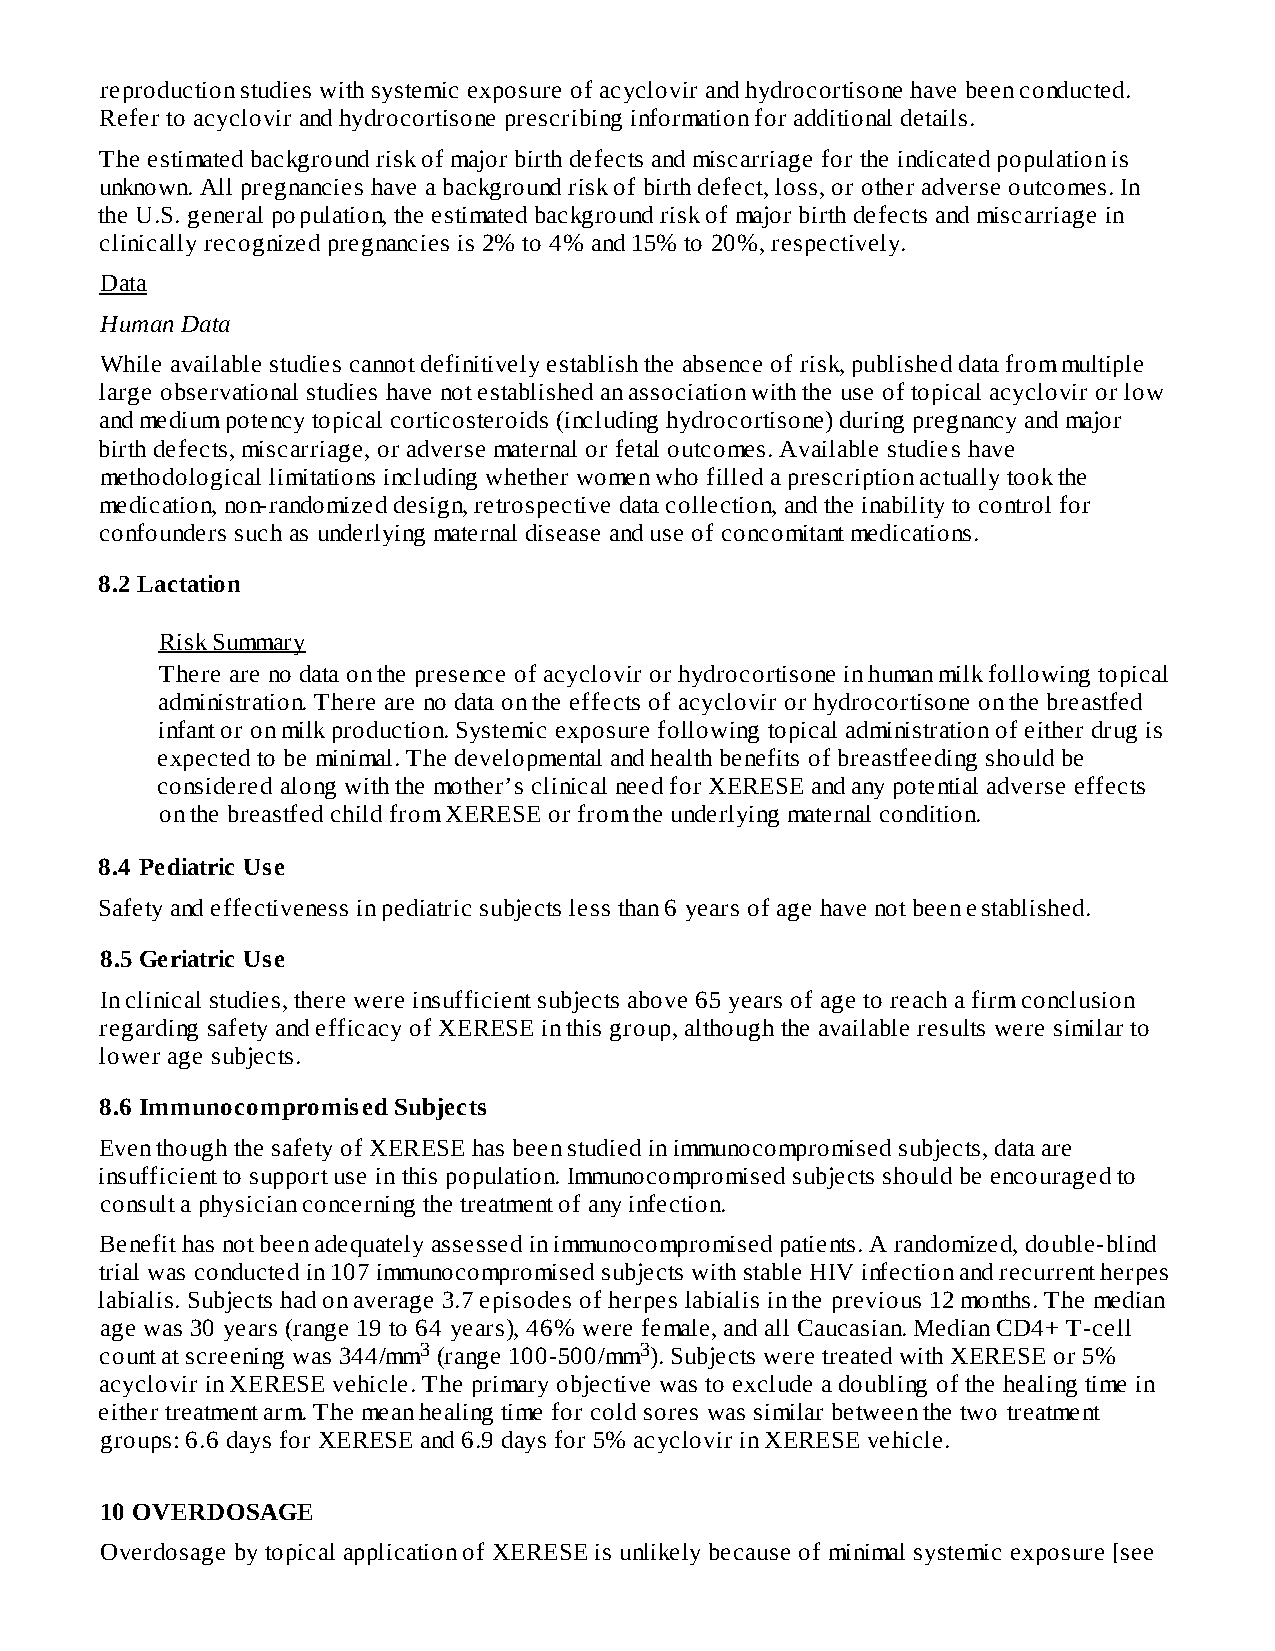
reproduction studies with systemic exposure of acyclovir and hydrocortisone have been conducted.
 Refer to acyclovir and hydrocortisone prescribing information for additional details.
 The estimated background risk of major birth defects and miscarriage for the indicated population is
 unknown. All pregnancies have a background risk of birth defect, loss, or other adverse outcomes. In
 the U.S. general population, the estimated background risk of major birth defects and miscarriage in
 clinically recognized pregnancies is 2% to 4% and 15% to 20%, respectively.
 Data
 Human Data
 While available studies cannot definitively establish the absence of risk, published data from multiple
 large observational studies have not established an association with the use of topical acyclovir or low
 and medium potency topical corticosteroids (including hydrocortisone) during pregnancy and major
 birth defects, miscarriage, or adverse maternal or fetal outcomes. Available studies have
 methodological limitations including whether women who filled a prescription actually took the
 medication, non-randomized design, retrospective data collection, and the inability to control for
 confounders such as underlying maternal disease and use of concomitant medications.
 8.2 Lactation
 Risk Summary
 There are no data on the presence of acyclovir or hydrocortisone in human milk following topical
 administration. There are no data on the effects of acyclovir or hydrocortisone on the breastfed
 infant or on milk production. Systemic exposure following topical administration of either drug is
 expected to be minimal. The developmental and health benefits of breastfeeding should be
 considered along with the mother’s clinical need for XERESE and any potential adverse effects
 on the breastfed child from XERESE or from the underlying maternal condition.
 8.4 Pediatric Use
 Safety and effectiveness in pediatric subjects less than 6 years of age have not been established.
 8.5 Geriatric Use
 In clinical studies, there were insufficient subjects above 65 years of age to reach a firm conclusion
 regarding safety and efficacy of XERESE in this group, although the available results were similar to
 lower age subjects.
 8.6 Immunocompromised Subjects
 Even though the safety of XERESE has been studied in immunocompromised subjects, data are
 insufficient to support use in this population. Immunocompromised subjects should be encouraged to
 consult a physician concerning the treatment of any infection.
 Benefit has not been adequately assessed in immunocompromised patients. A randomized, double-blind
 trial was conducted in 107 immunocompromised subjects with stable HIV infection and recurrent herpes
 labialis. Subjects had on average 3.7 episodes of herpes labialis in the previous 12 months. The median
 age was 30 years (range 19 to 64 years), 46% were female, and all Caucasian. Median CD4+ T-cell
 count at screening was 344/mm3 (range 100-500/mm3). Subjects were treated with XERESE or 5%
 acyclovir in XERESE vehicle. The primary objective was to exclude a doubling of the healing time in
 either treatment arm. The mean healing time for cold sores was similar between the two treatment
 groups: 6.6 days for XERESE and 6.9 days for 5% acyclovir in XERESE vehicle.
 10 OVERDOSAGE
 Overdosage by topical application of XERESE is unlikely because of minimal systemic exposure [see